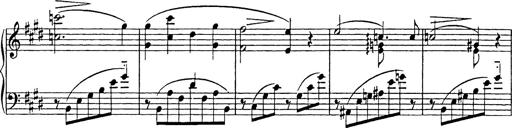
Title: Consolations
Composer: Franz Liszt